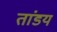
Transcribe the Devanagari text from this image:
तांडय